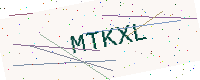
Text: MTKXL